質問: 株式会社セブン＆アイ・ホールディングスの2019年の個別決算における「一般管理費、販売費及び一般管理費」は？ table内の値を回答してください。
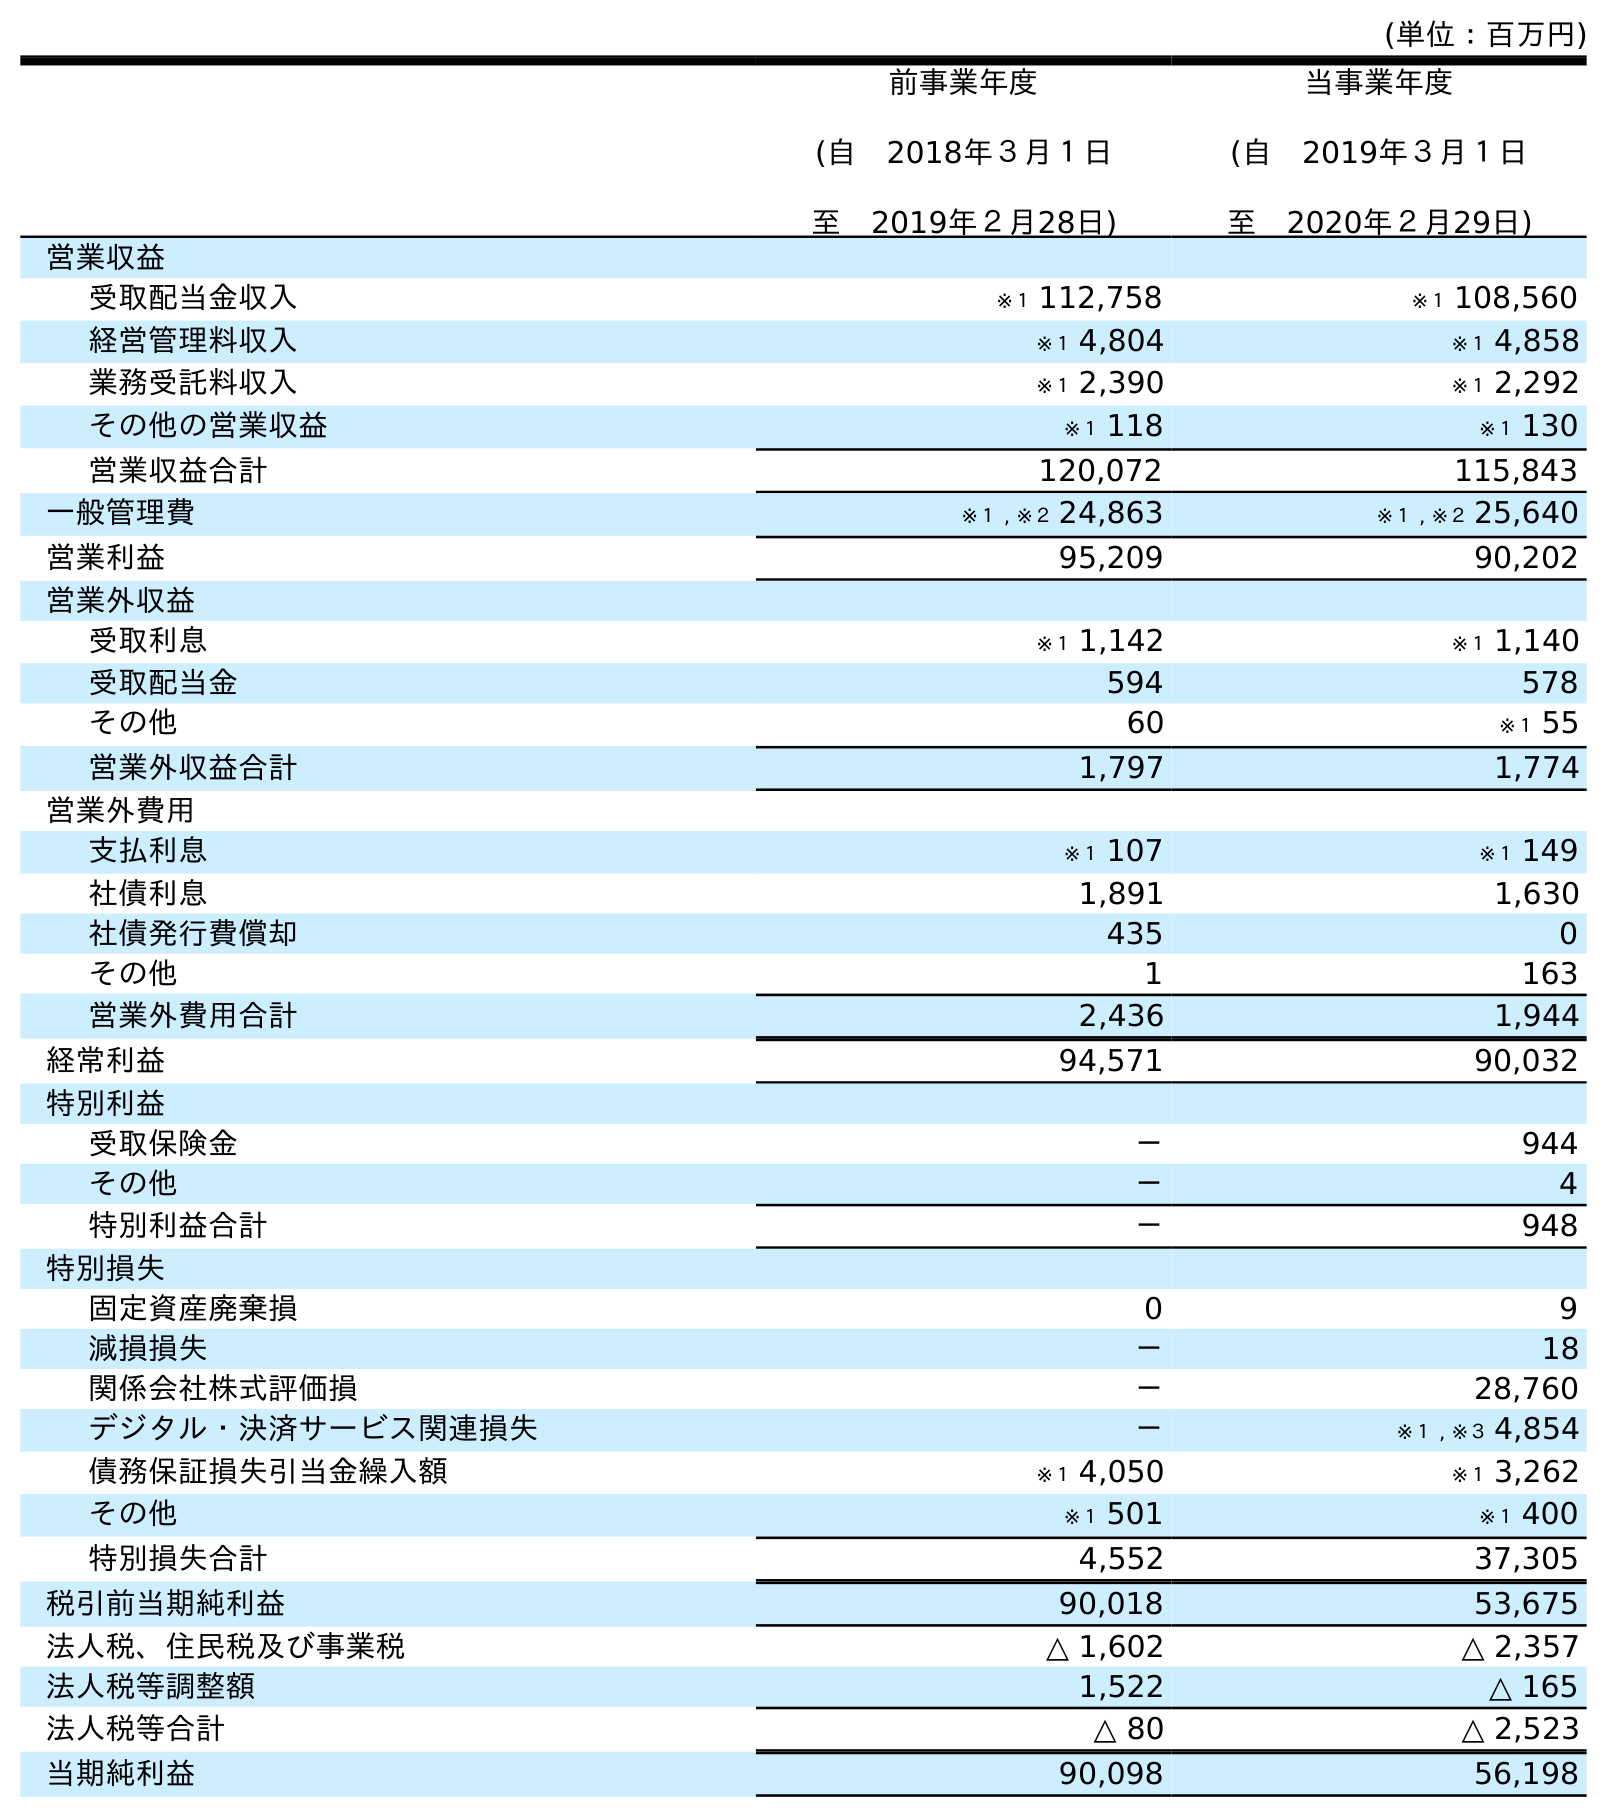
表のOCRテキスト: (単位：百万円) 前事業年度 (自 2018年３月１日 至 2019年２月28日) 当事業年度 (自 2019年３月１日 至 2020年２月29日) 営業収益 受取配当金収入 ※１ 112,758 ※１ 108,560 経営管理料収入 ※１ 4,804 ※１ 4,858 業務受託料収入 ※１ 2,390 ※１ 2,292 その他の営業収益 ※１ 118 ※１ 130 営業収益合計 120,072 115,843 一般管理費 ※１ , ※２ 24,863 ※１ , ※２ 25,640 営業利益 95,209 90,202 営業外収益 受取利息 ※１ 1,142 ※１ 1,140 受取配当金 594 578 その他 60 ※１ 55 営業外収益合計 1,797 1,774 営業外費用 支払利息 ※１ 107 ※１ 149 社債利息 1,891 1,630 社債発行費償却 435 0 その他 1 163 営業外費用合計 2,436 1,944 経常利益 94,571 90,032 特別利益 受取保険金 － 944 その他 － 4 特別利益合計 － 948 特別損失 固定資産廃棄損 0 9 減損損失 － 18 関係会社株式評価損 － 28,760 デジタル・決済サービス関連損失 － ※１ , ※３ 4,854 債務保証損失引当金繰入額 ※１ 4,050 ※１ 3,262 その他 ※１ 501 ※１ 400 特別損失合計 4,552 37,305 税引前当期純利益 90,018 53,675 法人税、住民税及び事業税 △ 1,602 △ 2,357 法人税等調整額 1,522 △ 165 法人税等合計 △ 80 △ 2,523 当期純利益 90,098 56,198
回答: ※１,※２24,863